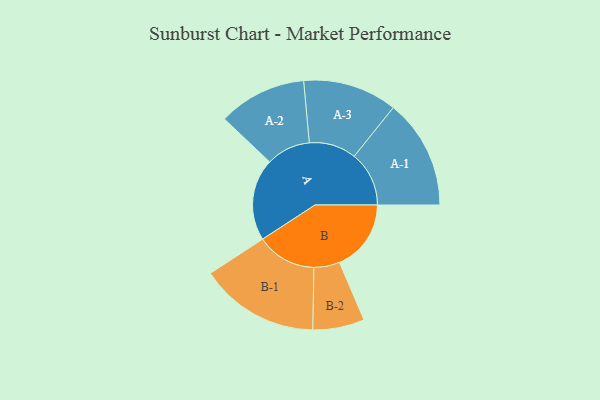
{"axis": {"x": "Segment", "y": "Value"}, "legend": ["", "A", "B"], "data": [{"x": "A", "y": 362, "type": ""}, {"x": "B", "y": 316, "type": ""}, {"x": "A-1", "y": 242, "type": "A"}, {"x": "A-2", "y": 195, "type": "A"}, {"x": "A-3", "y": 208, "type": "A"}, {"x": "B-1", "y": 264, "type": "B"}, {"x": "B-2", "y": 114, "type": "B"}]}